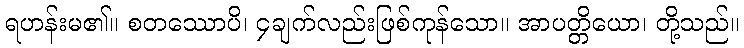
ရဟန်းမ၏။ စတဿောပိ၊ ၄ချက်လည်းဖြစ်ကုန်သော။ အာပတ္တိယော၊ တို့သည်။